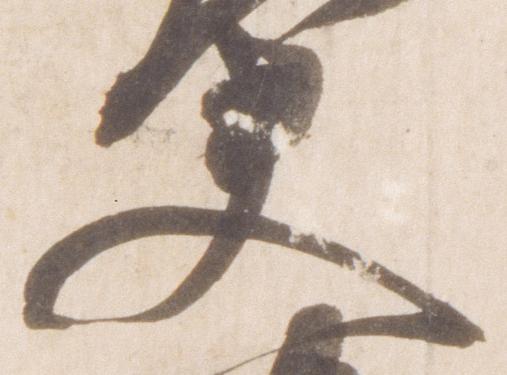
夫